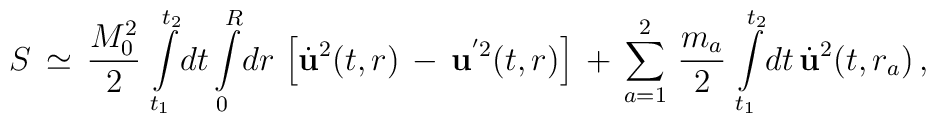
S\,\simeq\,\frac{M_0^2}{2}\,\int\limits_{t_1}^{t_2}\!dt\int\limits_{0}^{R}\!dr\,\left[\dot{\bf {u}}^2(t,r)\,-\,{\bf {u}}^{'2}(t,r)\right]\,+\,\sum_{a=1}^{2}\,\frac{m_a}{2}\,\int\limits_{t_1}^{t_2}\!dt\,\dot{\bf {u}}^2(t,r_a)\,{,}